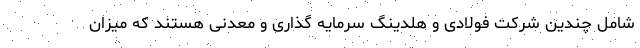
شامل چندین شرکت فولادی و هلدینگ سرمایه گذاری و معدنی هستند که میزان